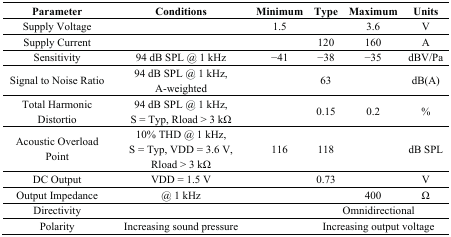
<table><thead><tr><td><b>Parameter</b></td><td><b>Conditions</b></td><td><b>Minimum</b></td><td><b>Type</b></td><td><b>Maximum</b></td><td><b>Units</b></td></tr></thead><tbody><tr><td>Supply Voltage</td><td>[EMPTY_CELL]</td><td>1.5</td><td>[EMPTY_CELL]</td><td>3.6</td><td>V</td></tr><tr><td>Supply Current</td><td>[EMPTY_CELL]</td><td>[EMPTY_CELL]</td><td>120</td><td>160</td><td>A</td></tr><tr><td>Sensitivity</td><td>94 dB SPL @ 1 kHz</td><td>−41</td><td>−38</td><td>−35</td><td>dBV/Pa</td></tr><tr><td>Signal to Noise Ratio</td><td>94 dB SPL @ 1 kHz, A-weighted</td><td>[EMPTY_CELL]</td><td>63</td><td>[EMPTY_CELL]</td><td>dB(A)</td></tr><tr><td>Total Harmonic Distortio</td><td>94 dB SPL @ 1 kHz, S = Typ, Rload &gt; 3 kΩ</td><td>[EMPTY_CELL]</td><td>0.15</td><td>0.2</td><td>%</td></tr><tr><td>Acoustic Overload Point</td><td>10% THD @ 1 kHz, S = Typ, VDD = 3.6 V, Rload &gt; 3 kΩ</td><td>116</td><td>118</td><td>[EMPTY_CELL]</td><td>dB SPL</td></tr><tr><td>DC Output</td><td>VDD = 1.5 V</td><td>[EMPTY_CELL]</td><td>0.73</td><td>[EMPTY_CELL]</td><td>V</td></tr><tr><td>Output Impedance</td><td>@ 1 kHz</td><td>[EMPTY_CELL]</td><td>[EMPTY_CELL]</td><td>400</td><td>Ω</td></tr><tr><td>Directivity</td><td>[EMPTY_CELL]</td><td>[EMPTY_CELL]</td><td colspan="3">Omnidirectional</td></tr><tr><td>Polarity</td><td>Increasing sound pressure</td><td>[EMPTY_CELL]</td><td colspan="3">Increasing output voltage</td></tr></tbody></table>